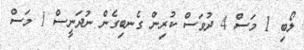
ލޯބި 1 މަސް 4 ދުވަސް ކުރިން ގެނބިގެންް ނުދަނީސްް 1 މަސް